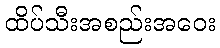
ထိပ်သီးအစည်းအဝေး